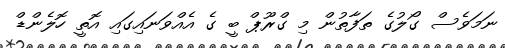
ނަމަވެސް ގޯލުގެ ތަފާތުން މި ގްރޫޕް ބީ ގެ އެއްވަނައިގައި އޮތީ ހޮލެންޑް